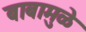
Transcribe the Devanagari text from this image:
बाबामुळे